Annual report on the working of the mental hospitals in the Madras Presidency - 1912-1932
Year: 1912
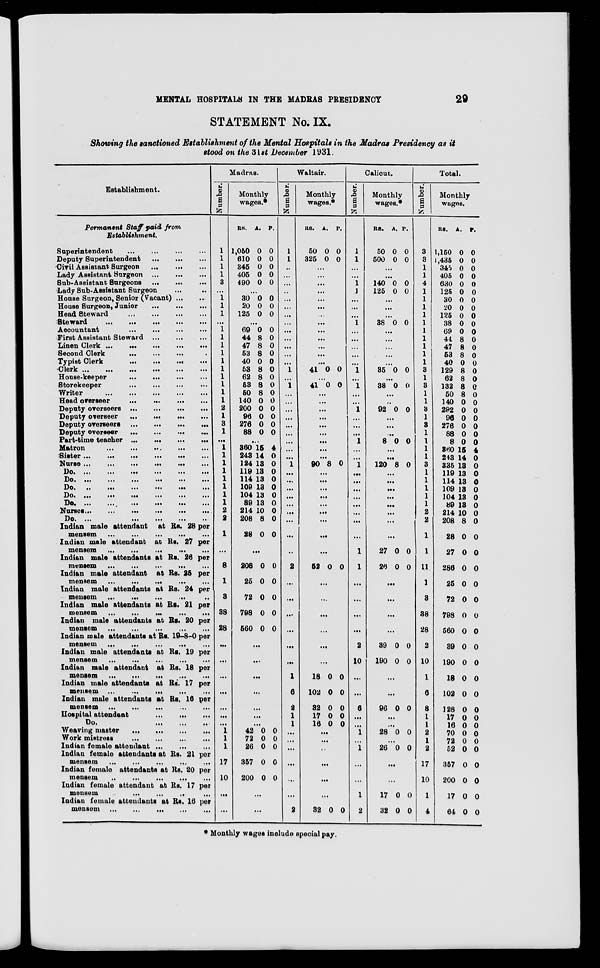
MENTAL HOSPITALS IN THE MADRAS PRESIDENCY
29
STATEMENT No. IX.
Showing the sanctioned Establishment of the Mental Hospitals in the Madras Presidency as it
stood on the 31st December 1931.
Establishment.
Permanent Staff paid from
Establishment.
Superintendent
...
...
...
...
Deputy Superintendent
...
...
...
Civil Assistant Surgeon
...
...
...
Lady Assistant Surgeon ... ... ...
Sub-Assistant Surgeons
...
...
...
Lady Sub-Assistant Surgeon ... ... ...
House Surgeon, Senior (Vacant) ... ... ...
House Surgeon, Junior
...
...
...
Head Steward
...
...
...
...
Steward
...
...
...
...
...
Accountant
...
...
...
...
First Assistant Steward
...
...
...
Linen Clerk ...
...
...
...
...
Second Clerk ... ... ... ...
Typist Clerk ... ... ... ...
Clerk ...
...
...
...
...
House-keeper
...
...
...
Storekeeper
...
...
...
Writer
...
...
...
...
...
Head overseer
...
...
...
...
Deputy overseers
...
...
...
...
Deputy overseer
...
...
...
...
Deputy overseers ...
...
...
...
Deputy overseer
...
...
...
...
Part-time teacher ...
...
...
..
Matron
...
...
...
...
Sister ...
...
...
...
...
...
Nurse
...
...
...
...
Do. ...
...
...
...
...
...
Do. ...
...
...
...
...
...
Do. ..
...
...
...
...
...
Do.
...
...
...
...
...
...
Do.
...
...
...
... ... ... ...
Nurses ... ...
...
...
...
...
Do. ...
...
...
...
. ..
Indian male attendant at Rs. 28 per
mensem
...
...
...
...
...
Indian male attendant at Rs. 27 per
mensem
...
...
...
...
...
Indian male attendants at Rs. 26 per
mensem
...
...
...
...
...
Indian male attendant at Rs. 25 per
mensem
...
...
...
...
...
Indian male attendants at Rs. 24 per
mensem
...
...
...
...
...
Indian male attendants at Rs. 21 per
mensem
...
...
...
Indian male attendants at Rs. 20 per
mensem
Indian male attendants at Rs. 19-8-0 per
mensem ...
...
...
...
Indian male attendants at Rs. 19 per
mensem
...
...
...
...
...
Indian male attendant at Rs. 18 per
mensem
...
...
...
...
...
Indian male attendants at Rs. 17 per
mensem ...
...
...
...
...
Indian male attendants at Rs. 16 per
mensem ...
...
...
...
...
Hospital attendant
...
...
...
...
Do.
...
...
...
Weaving master
...
...
...
...
Work mistress
...
...
...
...
Indian female attendant ... ... ...
Indian female attendants at Rs. 21 per
mensem
...
...
...
...
...
Indian female attendants at Rs. 20 per
mensem
...
...
...
...
Indian female attendant at Rs. 17 per
mensem
...
...
...
...
Indian female attendants at Rs. 16 per
mensem
...
...
...
...
...
Madras.
Number.
1
1
1
1
3
...
1
1
1
...
1
1
1
1
1
1
I
1
1
1
2
1
8
1
...
1
1
1
1
1
1
1
1
2
2
1
...
8
1
3
38
28
...
...
...
...
...
...
...
1
1
1
17
10
...
...
Monthly
wages.*
RS.
1,050
610
345
405
490
A.
0
0
0
0
0
P.
0
0
0
0
0
...
30
20
125
0
0
0
0
0
0
...
69
44
47
53
40
53
62
53
50
140
200
96
276
88
0
8
8
8
0
8
8
8
8
0
0
0
0
0
0
0
0
0
0
0
0
0
0
0
0
0
0
0
..
360
243
124
119
114
109
104
89
214
208
28
15
14
13
13
13
13
13
13
10
8
0
4
0
0
0
0
0
0
0
0
0
0
...
208
25
72
798
560
0
0
0
0
0
0
0
0
0
0
...
...
...
...
...
...
...
42
72
26
357
200
0
0
0
0
0
0
0
0
0
0
...
...
Waltair.
Number.
1
1
..
...
...
...
...
...
...
...
...
...
...
...
1
...
1
...
...
...
...
...
...
...
...
...
1
...
...
...
...
...
...
...
...
...
2
...
...
...
...
...
...
1
6
2
1
1
...
...
...
...
...
...
2
Monthly
wages.*
RS.
50
325
A.
0
0
P.
0
0
...
...
...
...
...
...
...
...
...
...
...
...
...
41 0 0
...
41 0 0
...
...
. . .
...
...
...
...
...
...
90 8 0
...
...
...
...
...
...
...
...
...
52 0 0
...
...
...
...
...
...
18
102
32
17
16
0
0
0
0
0
0
0
0
0
0
...
...
...
...
...
...
32 0 0
Calicut.
Number.
1
1
...
...
1
1
...
...
...
1
...
...
...
...
...
1
...
1
. ..
. . .
1
...
...
...
1
...
1
...
...
...
...
...
...
...
...
1
1
. ..
. ..
...
...
2
10
...
...
6
...
...
1
...
1
...
...
1
2
Monthly
wages.*
RS.
50
500
A.
0
0
P.
0
0
...
. ..
140
125
0
0
0
0
. ..
. ..
38 0 0
...
...
...
. . .
. . .
35 0 0
...
38 0 0
. ..
. .
92 0 0
...
...
...
8 0 0
...
...
120 8 0
...
...
...
...
...
...
...
...
27
26
0
0
0
0
...
...
...
...
39
190
0
0
0
0
...
...
96 0 0
...
...
28 0 0
...
26 0 0
...
...
17
32
0
0
0
0
Total
Number.
3
3
1
1
4
1
1
1
1
1
1
1
1
1
1
3
1
3
1
1
3
1
3
1
1
1
1
3
1
1
1
1
1
2
2
1
1
11
1
3
38
28
2
10
1
6
8
1
1
2
1
2
17
10
1
4
Monthly
wages.
RS.
1,150
1,435
345
405
630
125
30
20
125
38
69
44
47
53
40
129
62
132
50
140
292
96
276
88
8
360
243
335
119
114
109
104
89
214
208
28
27
286
25
72
798
560
39
190
18
102
128
17
16
70
72
52
357
200
17
64
A.
0
0
0
0
0
0
0
0
0
0
0
8
8
8
0
8
8
8
8
0
0
0
0
0
0
16
14
13
13
13
13
13
13
10
8
0
0
0
0
0
0
0
0
0
0
0
0
0
0
0
0
0
0
0
0
0
P.
0
0
0
0
0
0
0
0
0
0
0
0
0
0
0
0
0
0
0
0
0
0
0
0
0
4
0
0
0
0
0
0
0
0
0
0
0
0
0
0
0
0
0
0
0
0
0
0
0
0
0
0
0
0
0
0
* Monthly wages include special pay.